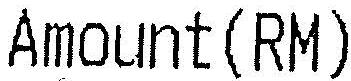
AMOUNT(RM)